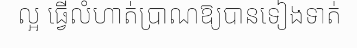
ល្អ ធ្វើលំហាត់ប្រាណឱ្យបានទៀងទាត់